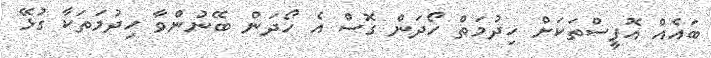
ބައެއް އޮފީސްތަކަށް ހިދުމަތް ހޯދަން ގޮސް އެ ހޯދަން ބޭނުންވާ ހިދުމަތަކާ ގުޅޭ